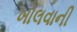
ખોલવાની